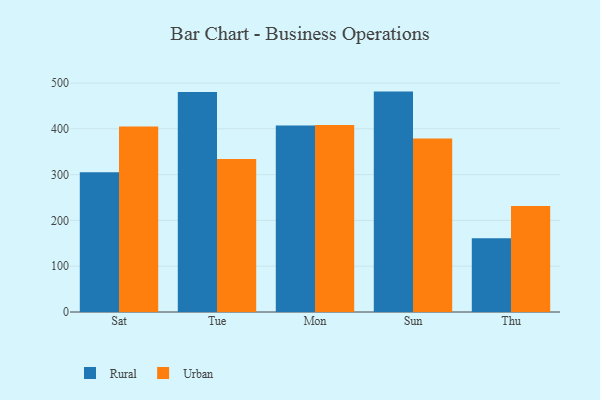
{"axis": {"x": "Day", "y": "Inventory Turnover"}, "legend": ["Rural", "Urban"], "data": [{"x": "Sat", "y": 305.0, "type": "Rural"}, {"x": "Sat", "y": 405.0, "type": "Urban"}, {"x": "Tue", "y": 480.2, "type": "Rural"}, {"x": "Tue", "y": 334.0, "type": "Urban"}, {"x": "Mon", "y": 407.0, "type": "Rural"}, {"x": "Mon", "y": 408.3, "type": "Urban"}, {"x": "Sun", "y": 481.2, "type": "Rural"}, {"x": "Sun", "y": 378.9, "type": "Urban"}, {"x": "Thu", "y": 160.8, "type": "Rural"}, {"x": "Thu", "y": 231.4, "type": "Urban"}]}